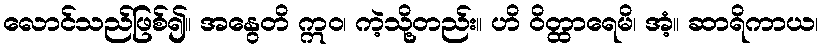
လောင်သည်ဖြစ်၍။ အနွေတိ ဣဝ၊ ကဲ့သို့တည်း။ ဟိ ဝိတ္ထာရေမိ၊ အံ့။ ဆာရိကာယ၊